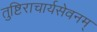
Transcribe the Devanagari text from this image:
तुष्टिराचार्यसेवनम्